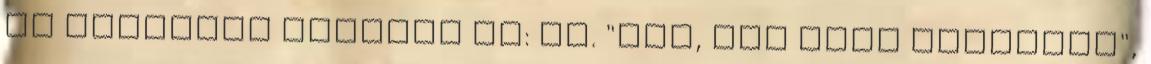
De léteznek ilyenek is: pl. "Jaj, jaj édes uracskám",